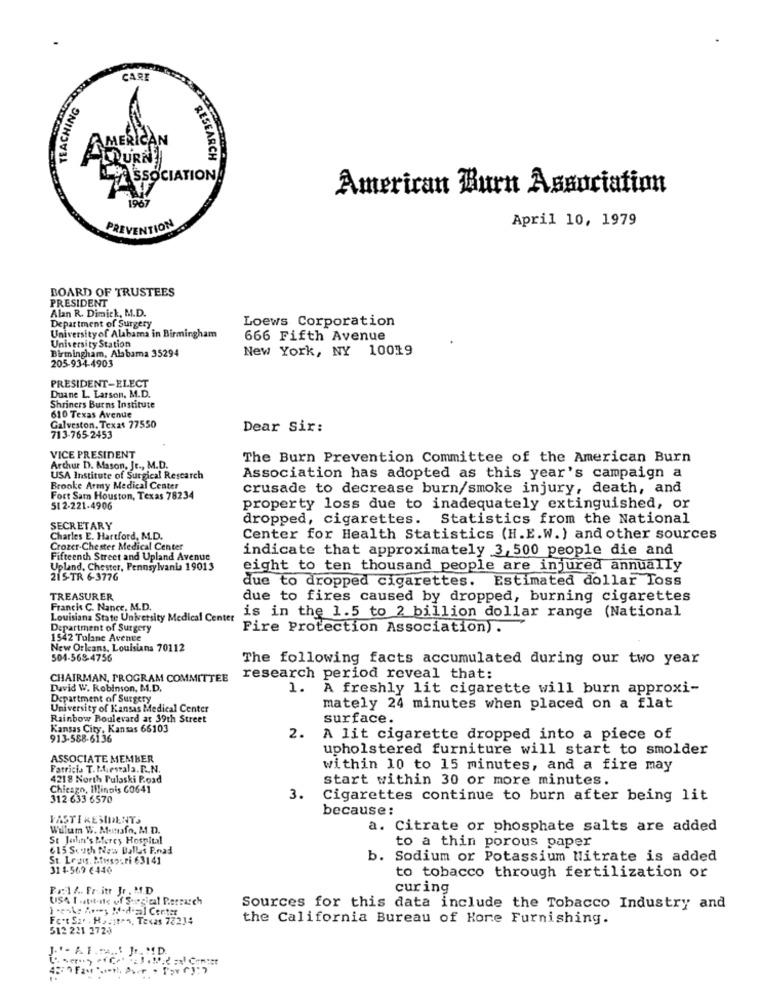
CARE
TEACHING
AMERICAN
RESEARCH Z
ASSOCIATION!
American Burn Association
April 10, 1979
PREVENTION
BOARD OF TRUSTEES
PRESIDENT
Alan R. Dimick, M.D.
Loews Corporation
Department of Surgery
Universityof Alabama in Birmingham
666 Fifth Avenue
University Station
Birmingham, Alabama 35294
New York, NY 10019
205-934-4903
PRESIDENT-ELECT
Duane L. Larson, M.D.
Shriners Burns Institute
610 Texas Avenue
Galveston. Texas 77550
Dear Sir:
713-765 2453
VICE PRESIDENT
The Burn Prevention Committee of the American Burn
Arthur D. Mason, Jr ., M.D.
USA Institute of Surgical Research
Association has adopted as this year's campaign a
Brooke Army Medical Center
crusade to decrease burn/smoke injury, death, and
Fort Sam Houston, Texas 78234
51 2-221-4906
property loss due to inadequately extinguished, or
dropped, cigarettes. Statistics from the National
SECRETARY
Charles E. Hartford, M.D.
Center for Health Statistics (H.E.W. ) and other sources
Crozer-Chester Medical Center
indicate that approximately 3,500 people die and
Fifteenth Street and Upland Avenue
Upland, Chester, Pennsylvania 19013
eight to ten thousand people are injured annually
215-TR 6-3776
due to dropped cigarettes. Estimated dollar Toss
TREASURER
due to fires caused by dropped, burning cigarettes
Francis C. Nance, M.D.
Louisiana State University Medical Center
is in the 1.5 to 2 billion dollar range (National
Department of Surgery
Fire Protection Association).
1542 Tulane Avenue
New Orleans, Louisiana 70112
504-568-4756
The following facts accumulated during our two year
CHAIRMAN, PROGRAM COMMITTEE
research period reveal that:
David W. Robinson, M.D.
1.
A freshly lit cigarette will burn approxi-
Department of Surgery
University of Kansas Medical Center
mately 24 minutes when placed on a flat
Rainbow Boulevard at 39th Street
surface.
Kansas City, Kansas 66103
2.
913-588-6136
A lit cigarette dropped into a piece of
upholstered furniture will start to smolder
ASSOCIATE MEMBER
Patricia T. M.estala.R.N.
within 10 to 15 minutes, and a fire may
4218 North Pulaski P.oad
start within 30 or more minutes.
Chicago, Illinois 60641
312-633 6570
3.
Cigarettes continue to burn after being lit
because :
FASTI RESIDENTS
Willum W. Munafo, M.D.
a. Citrate or phosphate salts are added
St John's Mercy Hospital
615 South New Dallas P.nad
to a thin porous paper
St. Ledis, Musspuri 63141
b. Sodium or Potassium Nitrate is added
31 4-569 €440
to tobacco through fertilization or
Prof .. Fr.itr Jr. M.D
curing
USA I utit-ite of Surgical Percarch
Sources for this data include the Tobacco Industry and
Feet Sa. . Hosites, Texas 73214
the California Bureau of Hore Furnishing.
512 221 3724
J. " - AF. .... ' Jt. MD.